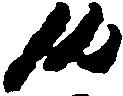
候